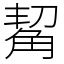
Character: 觢